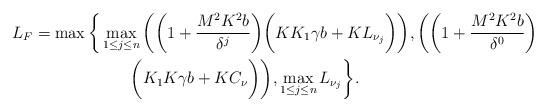
LaTeX: \begin{align*}L_{F}&=\max\bigg\{\max_{1\leq j \leq n}\bigg(\bigg(1+\frac{M^{2}K^{2}b}{\delta^{j}}\bigg)\bigg(KK_{1}\gamma b+ KL_{\nu_{j}}\bigg)\bigg),\bigg( \bigg(1+\frac{M^{2}K^{2}b}{\delta^{0}}\bigg)\\&\qquad\qquad\qquad\bigg(K_{1}K\gamma b+KC_{\nu}\bigg)\bigg), \max_{1\leq j\leq n}L_{\nu_{j}}\bigg\}.\end{align*}